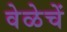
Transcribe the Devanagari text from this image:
वेळेचें